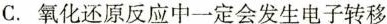
C.氧化还原反应中一定会发生电子转移